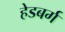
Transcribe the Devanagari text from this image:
हेडबर्ग